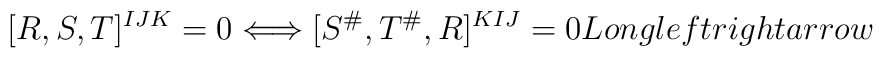
[R,S,T]^{IJK}=0\Longleftrightarrow [S^{\#},T^{\#},R]^{KIJ}=0\\Longleftrightarrow